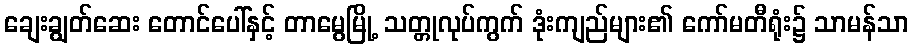
ချေးချွတ်ဆေး တောင်ပေါ်နှင့် တာမွေမြို့ သတ္တုလုပ်ကွက် ဒုံးကျည်များ၏ ကော်မတီရုံး၌ သာမန်သာ